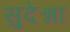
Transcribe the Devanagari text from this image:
सुदेश्ना